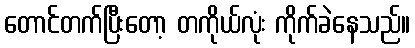
တောင်တက်ပြီးတော့ တကိုယ်လုံး ကိုက်ခဲနေသည်။